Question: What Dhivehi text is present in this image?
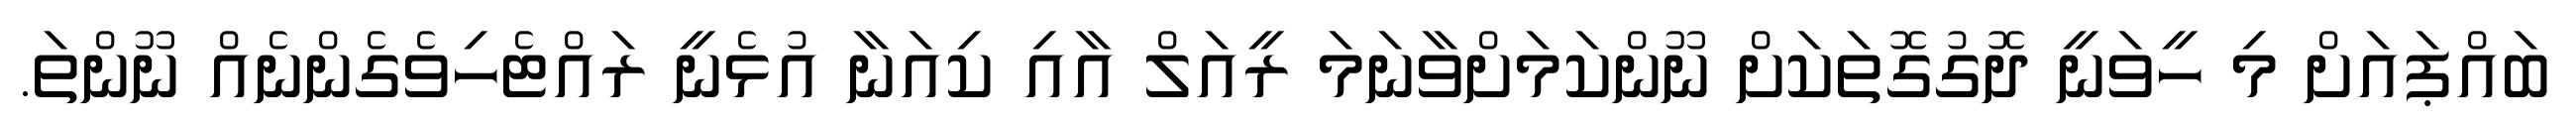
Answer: ބައްޕައަށް މި ހީވަނީ ދޮގުގޮތަކަށް ނޫންކަމަށްވާނަމަ ރީއަލް އާއި ކިއަނާ އުޅެނީ ރައްޓެހިވެގެންނެއް ނޫންތަ.